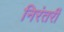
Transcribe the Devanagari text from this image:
निरंतरीं